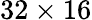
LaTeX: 32\times 16